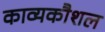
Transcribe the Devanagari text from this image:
काव्यकौशल